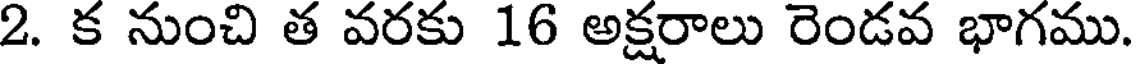
2. క నుంచి త వరకు 16 అక్షరాలు రెండవ భాగము.